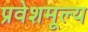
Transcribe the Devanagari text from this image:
प्रवेशमूल्य